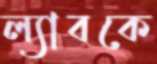
ল্যাবকে